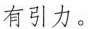
有引力。